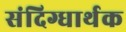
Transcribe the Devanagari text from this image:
संदिग्धार्थक